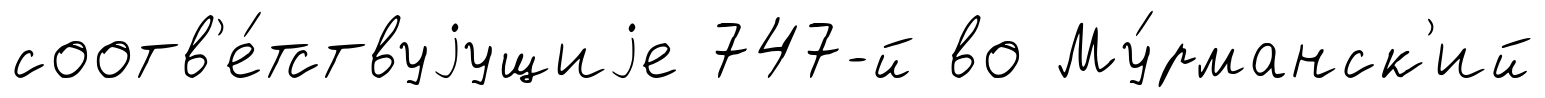
соотв'е́тствуjущиjе 747-й во Му́рманск'ий